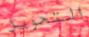
التحويل